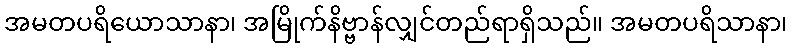
အမတပရိယောသာနာ၊ အမြိုက်နိဗ္ဗာန်လျှင်တည်ရာရှိသည်။ အမတပရိသာနာ၊